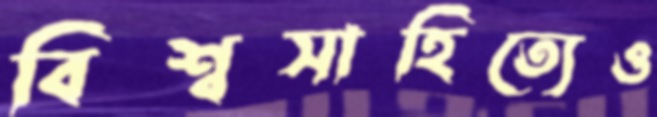
বিশ্বসাহিত্যেও